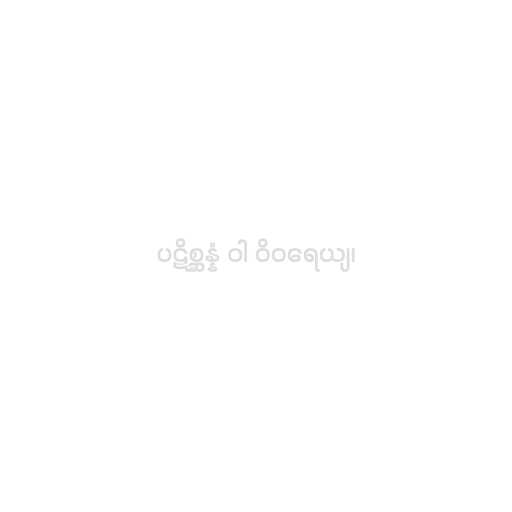
ပဋိစ္ဆန္နံ ဝါ ဝိဝရေယျ၊